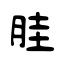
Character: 胿